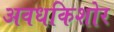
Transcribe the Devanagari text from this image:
अवधकिशोर